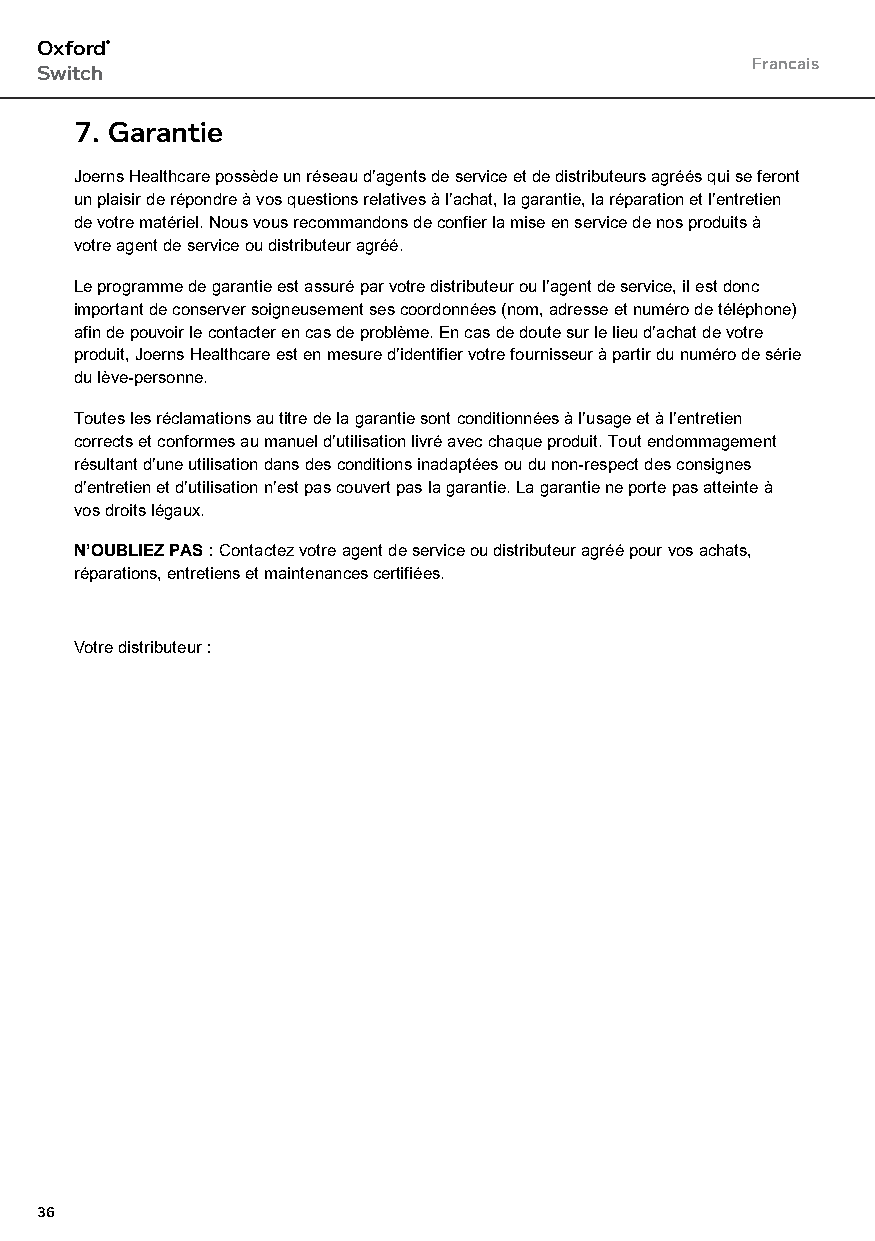
Oxford®
 Francais
 Switch
 7. Garantie
 Joerns Healthcare possède un réseau d’agents de service et de distributeurs agréés qui se feront
 un plaisir de répondre à vos questions relatives à l’achat, la garantie, la réparation et l’entretien
 de votre matériel. Nous vous recommandons de confier la mise en service de nos produits à
 votre agent de service ou distributeur agréé.
 Le programme de garantie est assuré par votre distributeur ou l’agent de service, il est donc
 important de conserver soigneusement ses coordonnées (nom, adresse et numéro de téléphone)
 afin de pouvoir le contacter en cas de problème. En cas de doute sur le lieu d’achat de votre
 produit, Joerns Healthcare est en mesure d’identifier votre fournisseur à partir du numéro de série
 du lève-personne.
 Toutes les réclamations au titre de la garantie sont conditionnées à l’usage et à l’entretien
 corrects et conformes au manuel d’utilisation livré avec chaque produit. Tout endommagement
 résultant d’une utilisation dans des conditions inadaptées ou du non-respect des consignes
 d’entretien et d’utilisation n’est pas couvert pas la garantie. La garantie ne porte pas atteinte à
 vos droits légaux.
 N’OUBLIEZ PAS : Contactez votre agent de service ou distributeur agréé pour vos achats,
 réparations, entretiens et maintenances certifiées.
 Votre distributeur :
 36